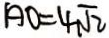
A O = 4 \sqrt { 2 }